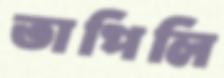
তাপিলি